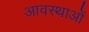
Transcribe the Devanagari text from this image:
आवस्थाओं